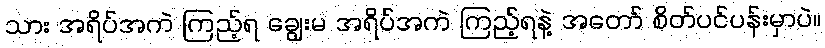
သား အရိပ်အကဲ ကြည့်ရ ချွေးမ အရိပ်အကဲ ကြည့်ရနဲ့ အတော် စိတ်ပင်ပန်းမှာပဲ။